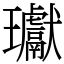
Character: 瓛